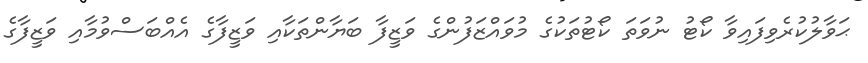
ޙަވާލުކުރެވިފައިވާ ކޯޓު ނުވަތަ ކޯޓުތަކުގެ މުވައްޒަފުންގެ ވަޒީފާ ބަޔާންތަކާއި ވަޒީފާގެ އެއްބަސްވުމާއި ވަޒީފާގެ